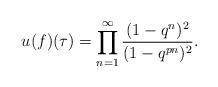
LaTeX: \begin{align*}u(f)(\tau) &= \prod_{n=1}^\infty\frac{ (1-q^n)^2}{(1-q^{pn})^2}.\end{align*}